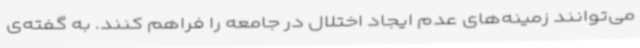
می‌توانند زمینه‌های عدم ایجاد اختلال در جامعه را فراهم کنند. به گفته‌ی